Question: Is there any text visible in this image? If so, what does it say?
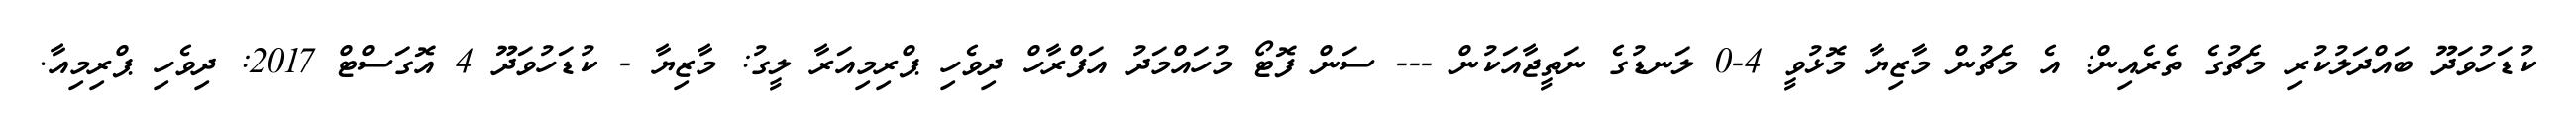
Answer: ކުޑަހުވަދޫ ބައްދަލުކުރި މެޗުގެ ތެރެއިން: އެ މެޗުން މާޒިޔާ މޮޅުވީ 4-0 ލަނޑުގެ ނަތީޖާއަކުން --- ސަން ފޮޓޯ މުހައްމަދު އަފްރާހް ދިވެހި ޕްރިމިއަރާ ލީގު: މާޒިޔާ - ކުޑަހުވަދޫ 4 އޮގަސްޓް 2017: ދިވެހި ޕްރިމިއާ.